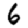
Digit: 6